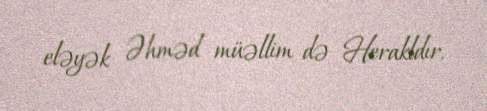
eləyək Əhməd müəllim də Herakldır.